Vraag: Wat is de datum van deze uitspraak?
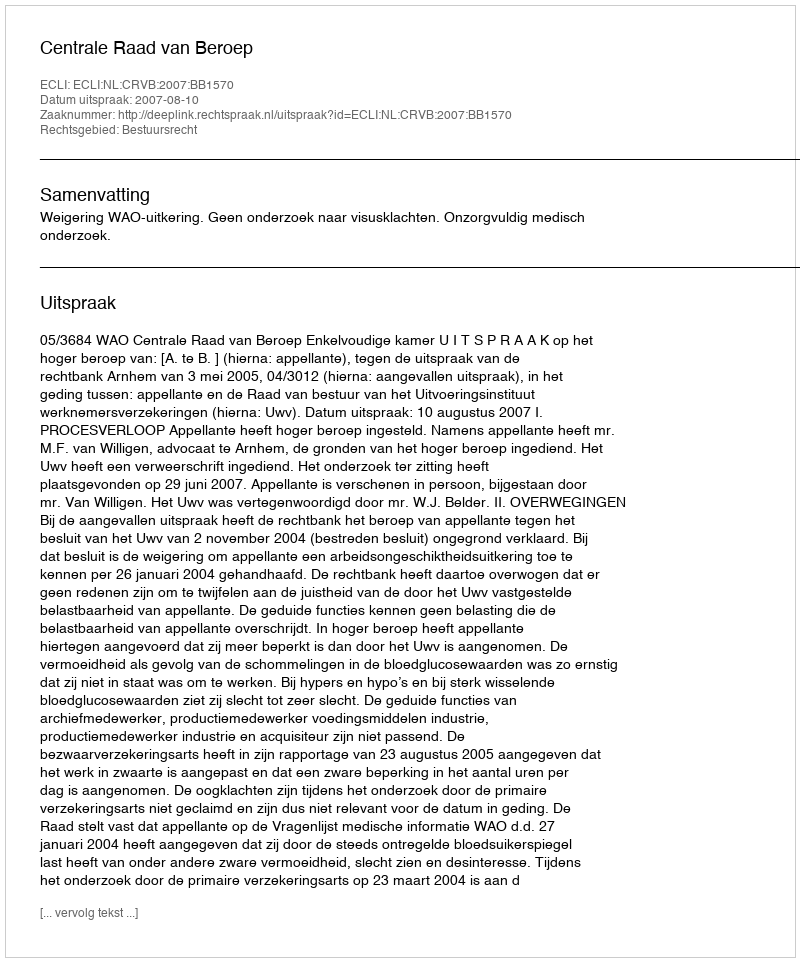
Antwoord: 2007-08-10